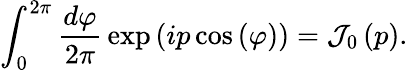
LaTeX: \int_{0}^{2\pi}{\frac{d\varphi}{2\pi}}\exp\left(ip\cos\left(\varphi\right)\right)={\mathcal{J}}_{0}\left(p\right).